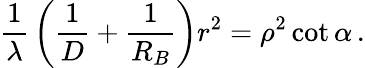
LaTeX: {\frac{1}{\lambda}}\left({\frac{1}{D}}+{\frac{1}{R_{B}}}\right)r^{2}=\rho^{2}\cot\alpha\, .